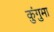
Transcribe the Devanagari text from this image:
कुंगुमा